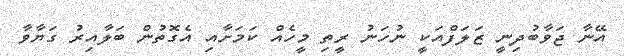
އޭނާ ޖަވާބުދިނީ ޒަލަފްއަކީ ނުހަނު ރީތި މީހެއް ކަމަށާއި އެގޮތުން ބަލާއިރު ގަޔާވާ